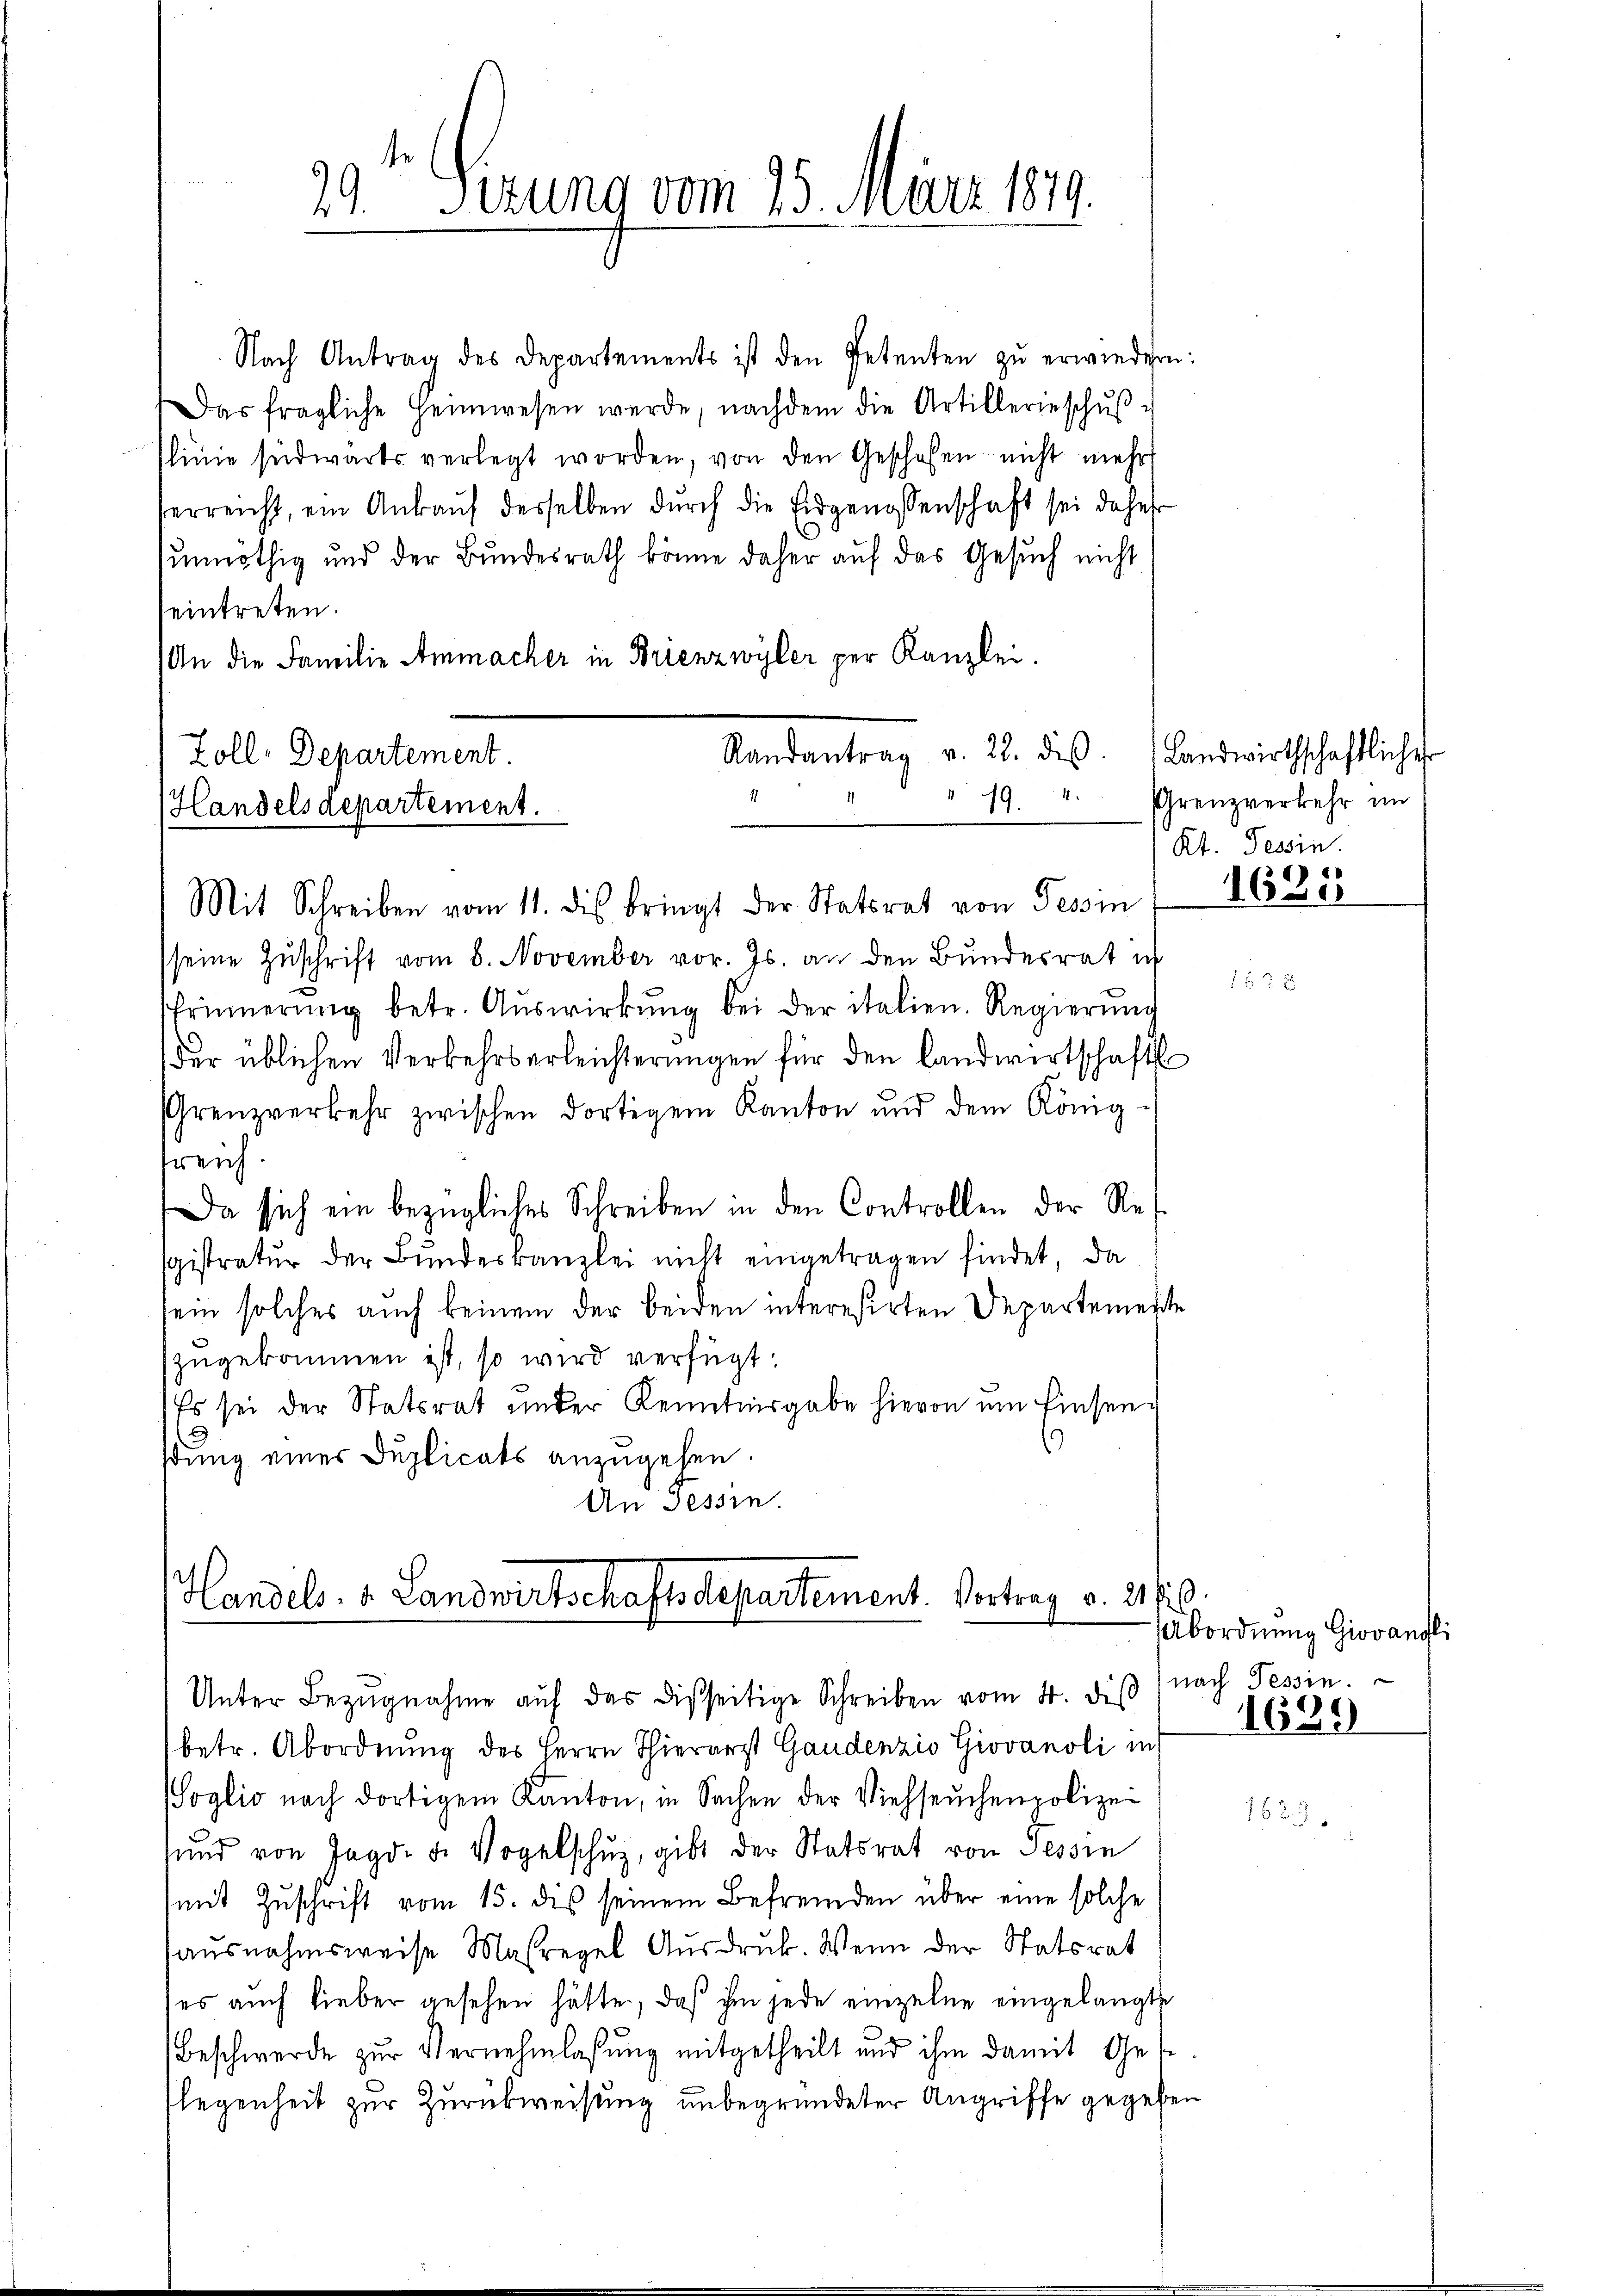
Nach Antrag des Departements ist den Petenten zŭ erwiedern:
Das fragliche Heimwesen werde, nachdem die Artillerieschŭβ
slinie südwärts verlegt worden, von den Geschafen nicht mehr
serreicht, ein Ankaŭf desselben dŭrch die Eidgenossenschaft sei daher
sunnöthig und der Bundesrath könne daher auf das Gesuch nicht
eintreten.
An die Familie Ammacher in Brienzwyler per Kanzlei.
Randantrag v. 28. des Landwirthschaftlicher
Zoll, Departement
11
Handelsdepartement.

9t Serung vom 25. März 1879.
i

Mit Schreiben vom 11. des bringt der Statsrat von Tessin

Handels. v. Landwirtschaftsdepartement. Vortrag v. 2160.

seine Zuschrift vom 8. November vor. Js. an den Bundesrat ich
Prinnerung betr. Aŭswirkŭng bei der italien. Regierŭng
der üblichen Verkehrserleichterungen für den Landwirtschaft
Grenzverkehr zwischen dortigem Kanton und dem König-
treich
Da sich ein bezügliches Schreiben in den Controllen der Res
gistratur der Bŭndeskanzlei nicht eingetragen findet, da
ein solches auch keinem der beiden interesirten Departemente
zugekommen ist, so wird verfügt:
Es sei der Statsrat under Kenntnisgabe hievon ein Einsenstung eines Duplicats anzugehen.
An Tessin.

Unter Bezŭgnahme aŭf das disseitige Schreiben vom 4. diβ
betr. Abordnung des Herrn Thierarzt Gaudenzio Giovanoli in
(Soglio nach dortigem Kanton, in Sachen der Viehseuchenpolizei
ŭnd von Jagd. d. Vogelschŭz, gibt der Statsrat von Tessin
mit Zŭschrift vom 15. des seinem Befremden über eine solche
ausnahmsweise Maßregel Aŭsdrŭk. Wenn der Statsrat
ses auch lieber gesehen hätte, daß ihm jede einzelne eingelangte
Beschwerde zur Vernehmlassung mitgetheilt und ihm damit Ges
legenheit zur Zurückweisung unbegründeter Angriffe gegeben

19. 4. Grenzverkehr im
Kt. Tessin.
d

1630

Abordnung Giovandli
nach Tessin.
1699